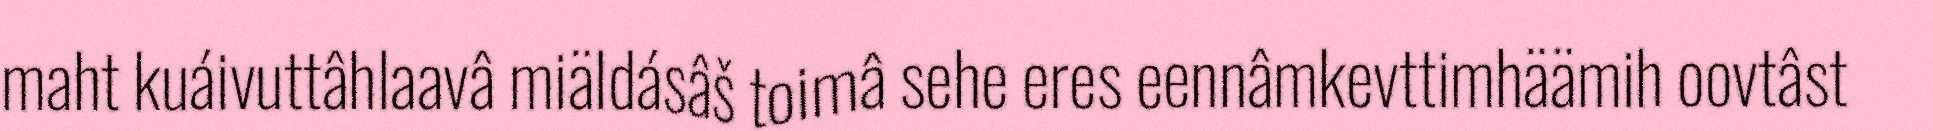
maht kuáivuttâhlaavâ miäldásâš toimâ sehe eres eennâmkevttimhäämih oovtâst